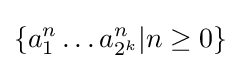
\{a_{1}^{n}\dotso a_{2^{k}}^{n}|n\geq 0\}